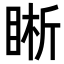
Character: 𥇦